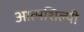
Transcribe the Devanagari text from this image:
आत्‍मशिल्‍पी